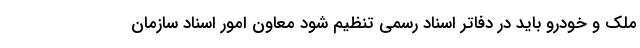
ملک و خودرو باید در دفاتر اسناد رسمی تنظیم شود معاون امور اسناد سازمان